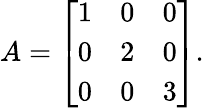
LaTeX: A={\left[\begin{array}{lll}{1}&{0}&{0}\\ {0}&{2}&{0}\\ {0}&{0}&{3}\end{array}\right]}.